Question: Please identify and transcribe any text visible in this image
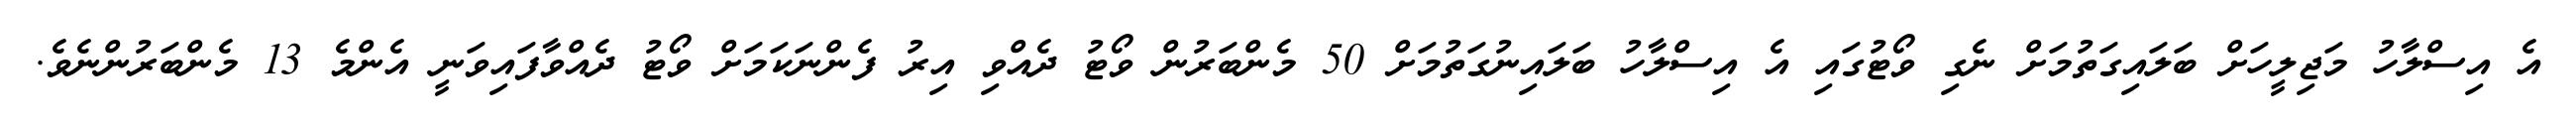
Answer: އެ އިސްލާހު މަޖިލީހަށް ބަލައިގަތުމަށް ނެގި ވޯޓުގައި އެ އިސްލާހު ބަލައިނުގަތުމަށް 50 މެންބަރުން ވޯޓު ދެއްވި އިރު ފެންނަކަމަށް ވޯޓު ދެއްވާފައިވަނީ އެންމެ 13 މެންބަރުންނެވެ.